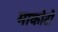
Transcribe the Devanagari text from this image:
माकोटो